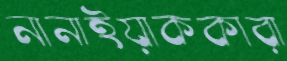
নানাইয়াককারা